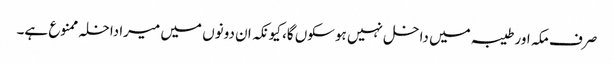
صرف مکہ اور طیبہ میں داخل نہیں ہوسکوں گا، کیونکہ ان دونوں میں میراداخلہ ممنوع ہے۔